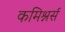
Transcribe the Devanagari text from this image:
कमिश्नर्स